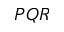
P Q R